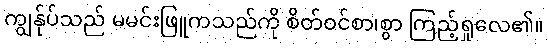
ကျွန်ုပ်သည် မမင်းဖြူကသည်ကို စိတ်ဝင်စာ၊စွာ ကြည့်ရှုလေ၏။